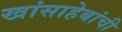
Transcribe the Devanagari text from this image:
खांसाहेबांची